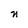
Character: n